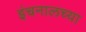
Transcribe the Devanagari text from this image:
इंचनालच्या